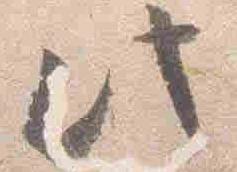
此